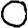
Digit: 0